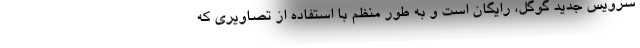
سرویس جدید گوگل، رایگان است و به طور منظم با استفاده از تصاویری که